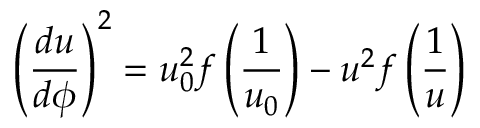
\left( \frac { d u } { d \phi } \right) ^ { 2 } = u _ { 0 } ^ { 2 } f \left( \frac { 1 } { u _ { 0 } } \right) - u ^ { 2 } f \left( \frac { 1 } { u } \right)